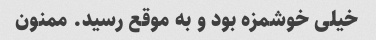
خیلی خوشمزه بود و به موقع رسید. ممنون